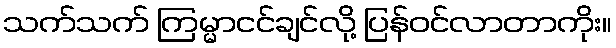
သက်သက် ကြမ္မာငင်ချင်လို့ ပြန်ဝင်လာတာကိုး။